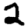
Digit: 2